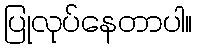
ပြုလုပ်နေတာပါ။